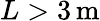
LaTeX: L>3\, \mathrm{m}